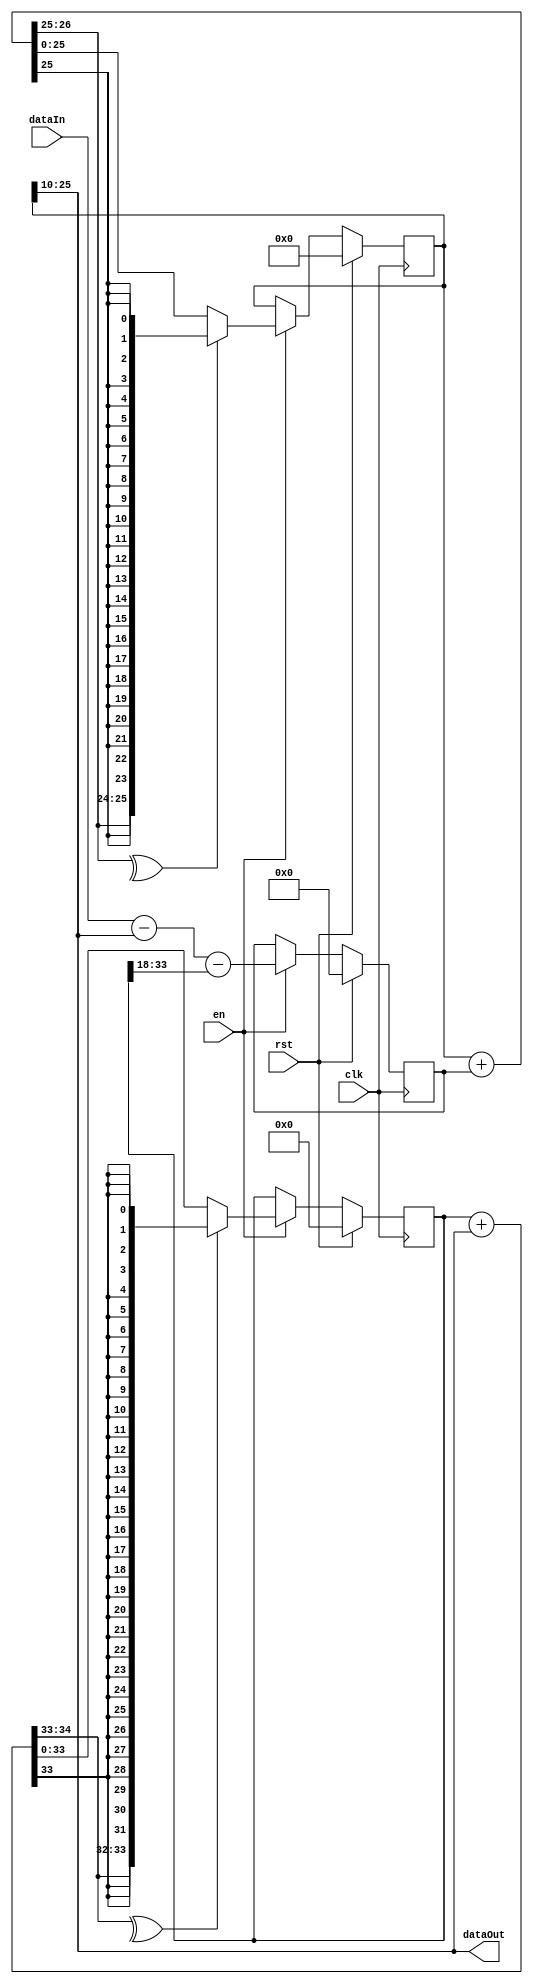
module SmallBpf #(
    parameter WIDTH        = 16, ///< Data width
    parameter K0_SHIFT     = 10, ///< Gain on forward path accumulator
    parameter K1_SHIFT     = 18, ///< Gain on feedback path accumulator
    parameter CLAMP        = 1   ///< Set to 1 to clamp the accumulators
)
(
    input  clk,                       ///< System clock
    input  rst,                       ///< Reset, active high and synchronous
    input  en,                        ///< Filter enable
    input  signed [WIDTH-1:0] dataIn, ///< Filter input
    output signed [WIDTH-1:0] dataOut ///< Filter output
);

reg signed [WIDTH+K0_SHIFT-1:0] acc0;
reg signed [WIDTH+K1_SHIFT-1:0] acc1;
reg signed [WIDTH+1:0] forwardIn;

wire signed [WIDTH-1:0] feedbackOut;
wire signed [WIDTH+K0_SHIFT:0] acc0In;
wire signed [WIDTH+K1_SHIFT:0] acc1In;

assign acc0In = acc0 + forwardIn;
assign acc1In = acc1 + dataOut;

always @(posedge clk) begin
    if (rst) begin
        forwardIn <= 'd0;
        acc0      <= 'd0;
        acc1      <= 'd0;
    end
    else if (en) begin
        forwardIn <= dataIn - dataOut - feedbackOut;
        if (CLAMP) begin
            acc0 <= (^acc0In[WIDTH+K0_SHIFT-:2])
                  ? {acc0In[WIDTH+K0_SHIFT], {(WIDTH+K0_SHIFT-1){acc0In[WIDTH+K0_SHIFT-1]}}}
                  : acc0In;
            acc1 <= (^acc1In[WIDTH+K1_SHIFT-:2])
                  ? {acc1In[WIDTH+K1_SHIFT], {(WIDTH+K1_SHIFT-1){acc1In[WIDTH+K1_SHIFT-1]}}}
                  : acc1In;
        end
        else begin
            acc0 <= acc0In;
            acc1 <= acc1In;
        end
    end
end

assign dataOut     = acc0 >>> K0_SHIFT;
assign feedbackOut = acc1 >>> K1_SHIFT;

// Test Code: Check to see if clamping ever occurs
/*
reg clamp0;
reg clamp1;
always @(posedge clk) begin
    if (rst) begin
        clamp0 <= 1'b0;
        clamp1 <= 1'b0;
    end
    else begin
        clamp0 <= clamp0 | (^acc0In[WIDTH+K0_SHIFT-:2]);
        clamp1 <= clamp1 | (^acc1In[WIDTH+K1_SHIFT-:2]);
    end
end
*/

endmodule